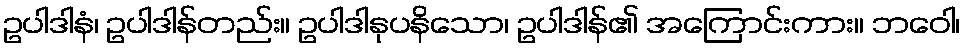
ဥပါဒါနံ၊ ဥပါဒါန်တည်း။ ဥပါဒါနုပနိသော၊ ဥပါဒါန်၏ အကြောင်းကား။ ဘဝေါ၊